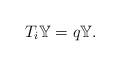
\begin{align*}T_i\mathbb{Y}=q\mathbb{Y}.\end{align*}